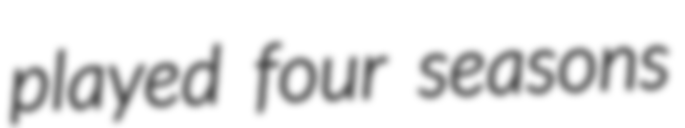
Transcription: played four seasons